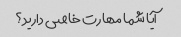
آیا شما مهارت خاصی دارید؟